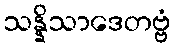
သန္နိသာဒေတဗ္ဗံ